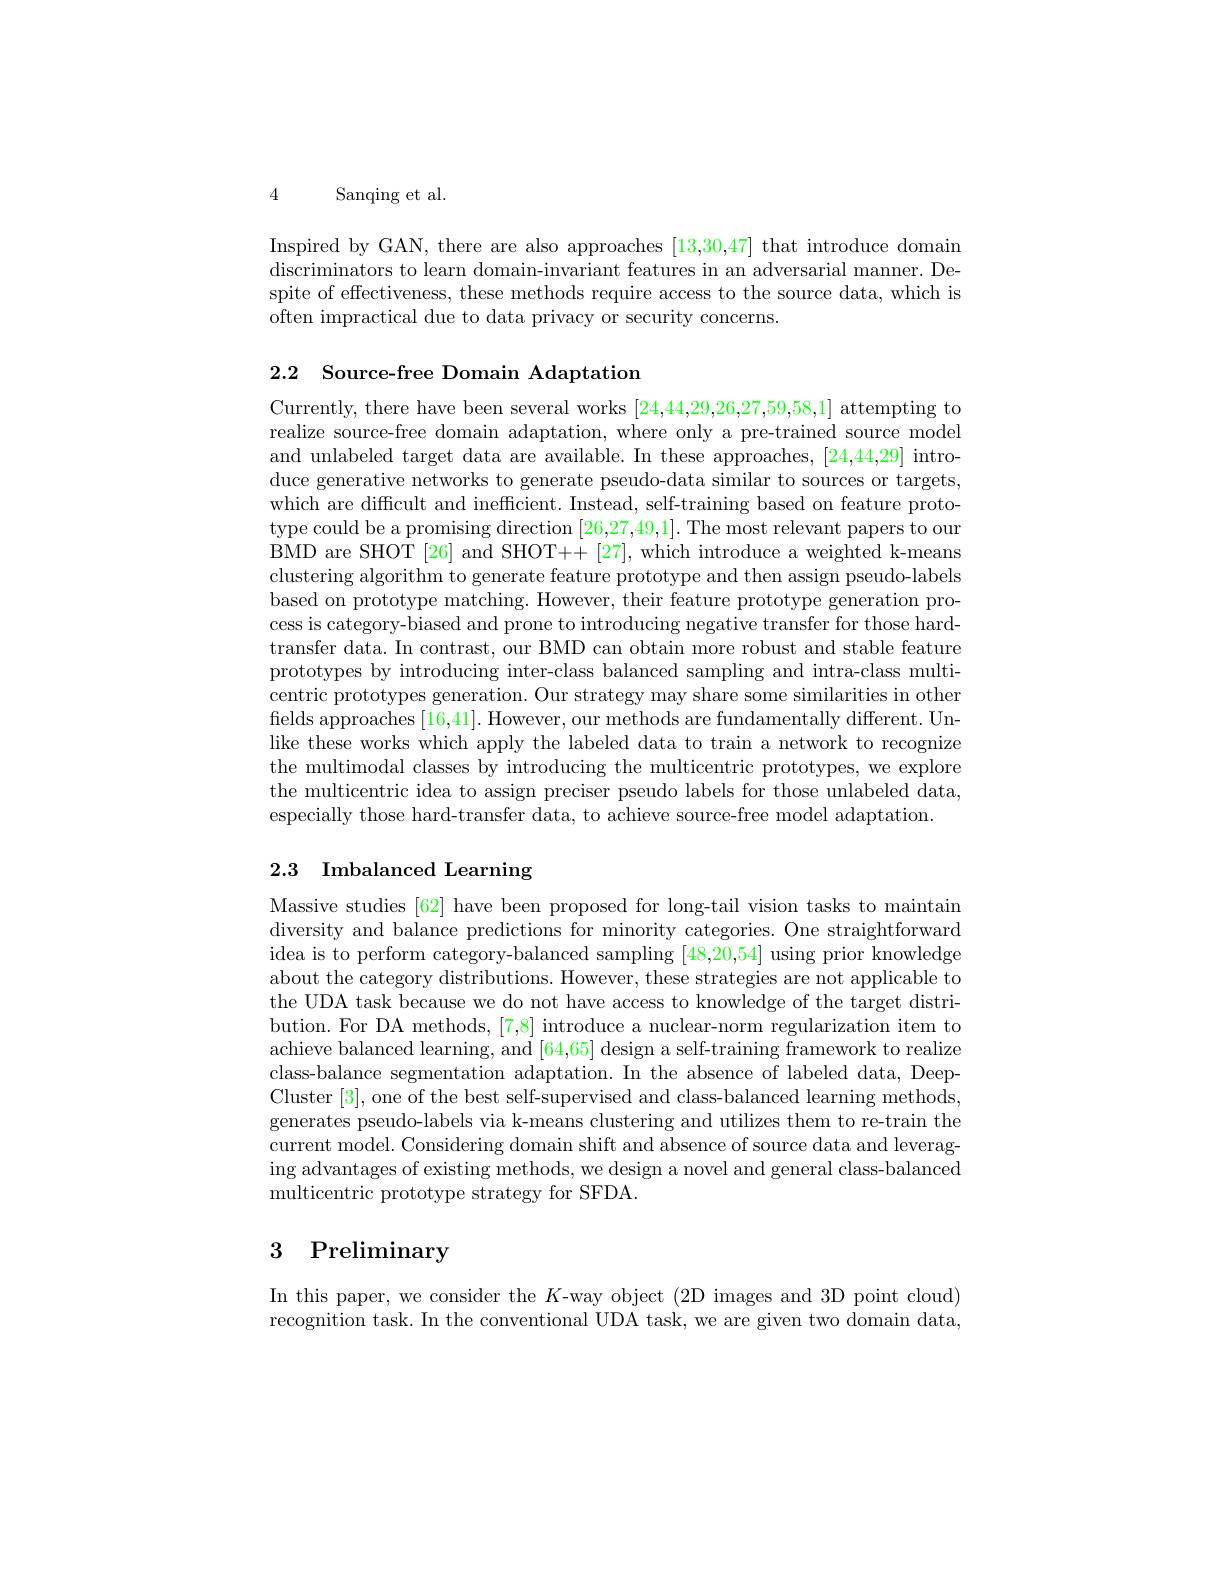
4 Sanqing et al.

Inspired by GAN, there are also approaches [13,30,47] that introduce domain discriminators to learn domain-invariant features in an adversarial manner. Despite of effectiveness, these methods require access to the source data, which is often impractical due to data privacy or security concerns.

2.2 Source-free Domain Adaptation

Currently, there have been several works [24,444,29,26,27,59,58,1] attempting to realize source-free domain adaptation, where only a pre-trained source model and unlabeled target data are available. In these approaches, [24,44,29] introduce generative networks to generate pseudo-data similar to sources or targets, which are difficult and inefficient. Instead, self-training based on feature prototype could be a promising direction [26,27,49,1]. The most relevant papers to our BMD are SHOT [26] and SHOT++ [27], which introduce a weighted k-means clustering algorithm to generate feature prototype and then assign pseudo-labels based on prototype matching. However, their feature prototype generation process is category-biased and prone to introducing negative transfer for those hardtransfer data. In contrast, our BMD can obtain more robust and stable feature prototypes by introducing inter-class balanced sampling and intra-class multicentric prototypes generation. Our strategy may share some similarities in other fields approaches [16,41]. However, our methods are fundamentally different. Unlike these works which apply the labeled data to train a network to recognize the multimodal classes by introducing the multicentric prototypes, we explore the multicentric idea to assign preciser pseudo labels for those unlabeled data, especially those hard-transfer data, to achieve source-free model adaptation.

# 2.3 Imbalanced Learning

Massive studies [62] have been proposed for long-tail vision tasks to maintain diversity and balance predictions for minority categories. One straightforward idea is to perform category-balanced sampling [48,20,54] using prior knowledge about the category distributions. However, these strategies are not applicable to the UDA task because we do not have access to knowledge of the target distribution. For DA methods, [7,8] introduce a nuclear-norm regularization item to achieve balanced learning, and [64,65] design a self-training framework to realize class-balance segmentation adaptation. In the absence of labeled data, DeepCluster [3], one of the best self-supervised and class-balanced learning methods, generates pseudo-labels via k-means clustering and utilizes them to re-train the current model. Considering domain shift and absence of source data and leveraging advantages of existing methods, we design a novel and general class-balanced multicentric prototype strategy for SFDA.

# 3 Preliminary

In this paper, we consider the $K$-way object (2D images and 3D point cloud) recognition task. In the conventional UDA task, we are given two domain data,